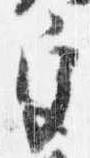
宮